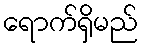
ရောက်ရှိမည်